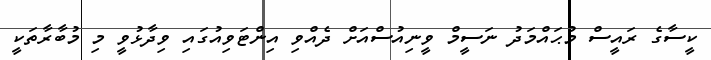
ކީސާގެ ރައީސް މުޙައްމަދު ނަސީމް ވީނިއުސްއަށް ދެއްވި އިންޓަވިއުގައި ވިދާޅުވީ މި މުބާރާތަކީ